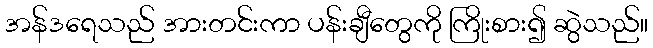
အန်ဒရေသည် အားတင်းကာ ပန်းချီတွေကို ကြိုးစား၍ ဆွဲသည်။